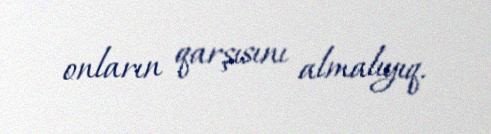
onların qarşısını almalıyıq.